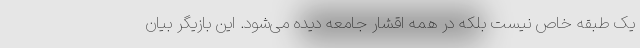
یک طبقه خاص نیست بلکه در همه اقشار جامعه دیده می‌شود. این بازیگر بیان